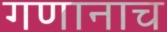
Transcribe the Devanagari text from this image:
गणानाच